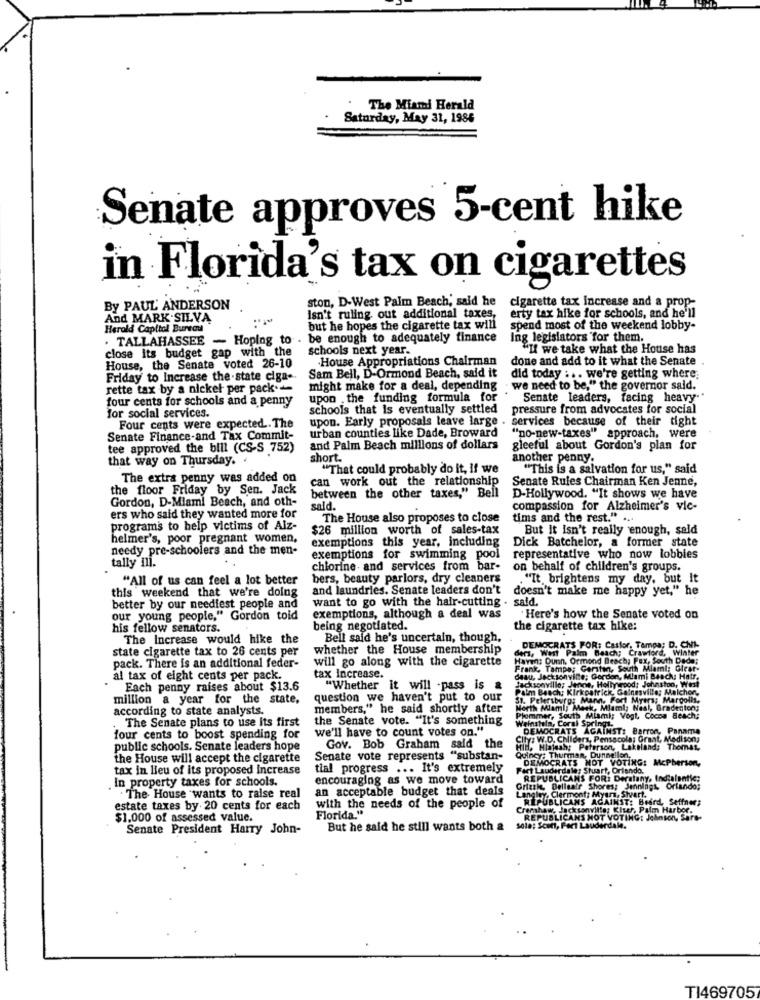
The Miami Herald
Saturday, May 31, 1986
Senate approves 5-cent hike
in Florida's tax on cigarettes
ston, D-West Palm Beach, said he
By PAUL ANDERSON
cigarette tax Increase and a prop-
erty tax hike for schools, and he'll
And MARK.SILVA
isn't ruling out additional taxes,
Herold Capitol Bureau
but he hopes the cigarette tax will
spend most of the weekend lobby-
. TALLAHASSEE - Hoping to . be enough to adequately finance
Ing legislators for them.
close its budget gap with the
schools next year.
""If we take what the House has
House Appropriations Chairman
done and add to it what the Senate
House, the Senate voted 26-10
Friday to Increase the-state ciga --
Sam Bell, D-Ormond Beach, said it
did today :. . we're getting where:
rette tax by a nickel per pack
might make for a deal, depending
· we need to be," the governor said.
four cents for schools and a penny
upon the funding formula for
Senate leaders, facing heavy."
schools that is eventually settled
pressure from advocates for social
for social services.
upon. Early proposals leave large .
services because of their tight
Four cents were expected .. The
Senate Finance-and Tax Commit-
urban counties like Dade, Broward
"no-new-taxes" approach, were
tee approved the bill (CS-S 752)
and Palm Beach millions of dollars
gleeful about Gordon's plan for
that way on Thursday. .
short.
another penny.
"That could probably do it, if we
"This is a salvation for us," said
The extra penny was added on
can work out the relationship
Senate Rules Chairman Ken Jenne,
the floor Friday by Sen. Jack
Gordon, D-Miami Beach, and oth-
between the other taxes," Bell
D-Hollywood. "It shows we have
sald.
compassion for Alzheimer's vic-
ers who said they wanted more for
The House also proposes to close
tims and the rest." ...
programs to help victims of Alz-
$26 million worth of sales-tax
But it isn't really enough, sald
helmer's, poor pregnant women,
needy pre-schoolers and the men-
exemptions this year, including
Dick Batchelor, a former state
tally ill.
exemptions for swimming pool
representative who now lobbies
chlorine. and services from bar-
on behalf of children's groups.
"All of us can feel a lot better
bers, beauty parlors, dry cleaners
"It brightens my day, but It
this weekend that we're doing
and laundries. Senate leaders don't doesn't make me happy yet," he
want to go with the hair-cutting . said.
better by our neediest people and
our young people," Gordon told
exemptions, although a deal was
Here's how the Senate voted on
his fellow senators.
being negotiated.
the cigarette tax hike:
The Increase would hike the
Bell said he's uncertain, though,
state cigarette tax to 26 cents per
whether the House membership
ders, West Palm Beach; Crawford, Winter
DEMOCRATS FOR: Castor, Tampa; D. CNL
Haven: Dunn, Ormond Beach; Pex, South Dede:
pack. There is an additional feder-
will go along with the cigarette
Frank, Tampe; Gersten, South Miami: Glear-
al tax of eight cents per pack.
tax Increase.
Jacksonville; Jence, Hollywood: Johnston, West
deau, Jacksonville; Gordon, Miami Beach: Hatr.
Each penny raises about $13.6
"Whether it will -pass is &
Palm Beach: Kirkpatrick, Gainesville; Malchon,
million a year for the state,
question we haven't put to our
51. Petersburg; Mann, Fort Myers; Margolis,
according to state analysts.
members," he said shortly after
North Miami; Mask, Miami; Neal, Bradenton;
The Senate plans to use Its first
the Senate vote. "It's something
kommer, South Miami; Vogt, Cocoa Beach;
we'll have to count votes on."
Weinstein, Coral Spri
DEMOCRATS AGAINST: Barron, Panama
four cents to boost spending for
City: W.D. Childers, Pensacola; Grant, Medison;
public schools. Senate leaders hope
Gov. Bob Graham said the
Hid, Hialeah: Peterson, Lakeland; Thomas
the House will accept the cigarette
Senate vote represents "substan-
tax in lieu of its proposed Increase
tial progress ... It's extremely
Fact Lauderdale: Stuart, Orlando.
BINGOCRATS MOT VOTING: McPherson,
In property taxes for schools.
encouraging as we move toward
REPUBLICANS FOR: Deratany, Indialantic;
an acceptable budget that deals
Grizzle, Bellealr Shores; Jennings, Orlando;
.The House wants to raise real
REPUBLICANS AGAINST: Beird, Seffner;
naley. Clermont? Myar, S
estate taxes by 20 cents for each
with the needs of the people of
Crenshaw, Jacksonville; Kiser, Palm Harbor.
$1,000 of assessed value.
Florida."
REPUBLICANS NOT VOTING: Johnson, Sars-
Senate President Harry John-
But he said he still wants both &
sola; Scon, Fort Lauderdale.
TI469705